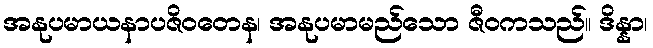
အနုပမာယနာပဇိဝတေန၊ အနုပမာမည်သော ဇီဝကသည်။ ဒိန္နာ၊